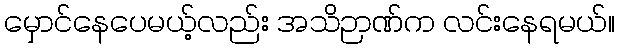
မှောင်နေပေမယ့်လည်း အသိဉာဏ်က လင်းနေရမယ်။